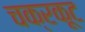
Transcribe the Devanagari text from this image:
चक्रकूट